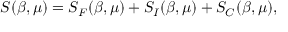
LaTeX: S ( \beta , \mu ) = S _ { F } ( \beta , \mu ) + S _ { I } ( \beta , \mu ) + S _ { C } ( \beta , \mu ) ,